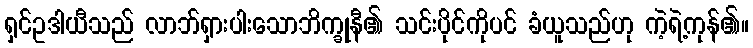
ရှင်ဥဒါယီသည် လာဘ်ရှားပါးသောဘိက္ခုနီ၏ သင်းပိုင်ကိုပင် ခံယူသည်ဟု ကဲ့ရဲ့ကုန်၏။